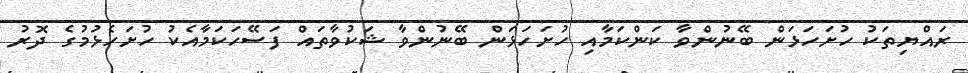
ރައްޔިތަކު ހުށަހަޅަން ބޭނުންވާ ކަންކަމާއި ހުށަހަޅަން ބޭނުންވާ ޝަކުވާތައް ފަސޭހަކަމާއެކު ހުށަހެޅުމުގެ ދޮރު